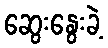
ဆွေးနွေးခဲ့